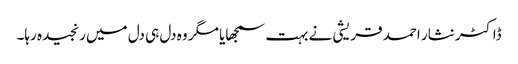
ڈاکٹر نثار احمد قریشی نے بہت سمجھایا مگر وہ دل ہی دل میں رنجیدہ رہا۔